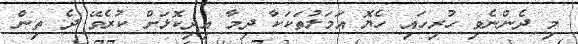
މި ދެންނެވި ހުރިހައި ހެޔޮ އަމަލުތަކަކާ ދިމާ އިދިކޮޅަށް ކުރެވޭ ދެ ތިން